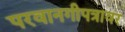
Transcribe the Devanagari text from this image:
परवानगीपत्रावर